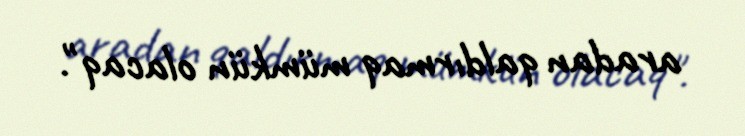
aradan qaldırmaq mümkün olacaq".